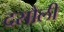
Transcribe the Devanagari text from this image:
दसौली